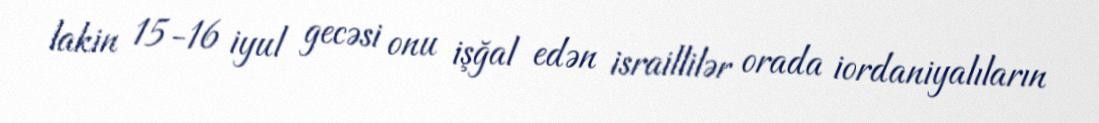
lakin 15-16 iyul gecəsi onu işğal edən israillilər orada iordaniyalıların